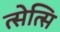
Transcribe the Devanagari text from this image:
त्सेत्सि